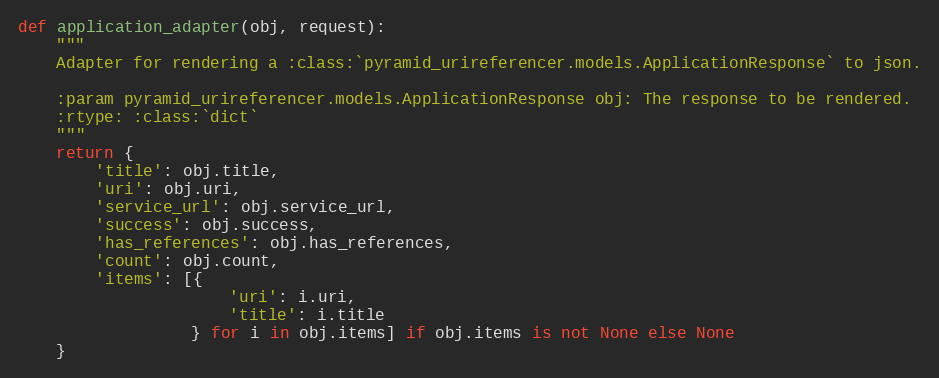
Language: Python
def application_adapter(obj, request):
    """
    Adapter for rendering a :class:`pyramid_urireferencer.models.ApplicationResponse` to json.

    :param pyramid_urireferencer.models.ApplicationResponse obj: The response to be rendered.
    :rtype: :class:`dict`
    """
    return {
        'title': obj.title,
        'uri': obj.uri,
        'service_url': obj.service_url,
        'success': obj.success,
        'has_references': obj.has_references,
        'count': obj.count,
        'items': [{
                      'uri': i.uri,
                      'title': i.title
                  } for i in obj.items] if obj.items is not None else None
    }